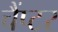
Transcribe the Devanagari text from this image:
चैंप्टर